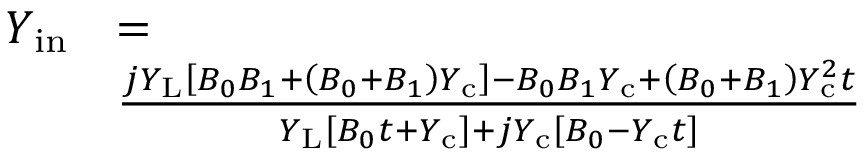
\begin{array} { r l } { Y _ { \mathrm { i n } } } & { = } \\ & { \frac { j Y _ { \mathrm { L } } \left[ B _ { 0 } B _ { 1 } + \left( B _ { 0 } + B _ { 1 } \right) Y _ { \mathrm { c } } \right] - B _ { 0 } B _ { 1 } Y _ { \mathrm { c } } + \left( B _ { 0 } + B _ { 1 } \right) Y _ { \mathrm { c } } ^ { 2 } t } { Y _ { \mathrm { L } } \left[ B _ { 0 } t + Y _ { \mathrm { c } } \right] + j Y _ { \mathrm { c } } \left[ B _ { 0 } - Y _ { \mathrm { c } } t \right] } } \end{array}